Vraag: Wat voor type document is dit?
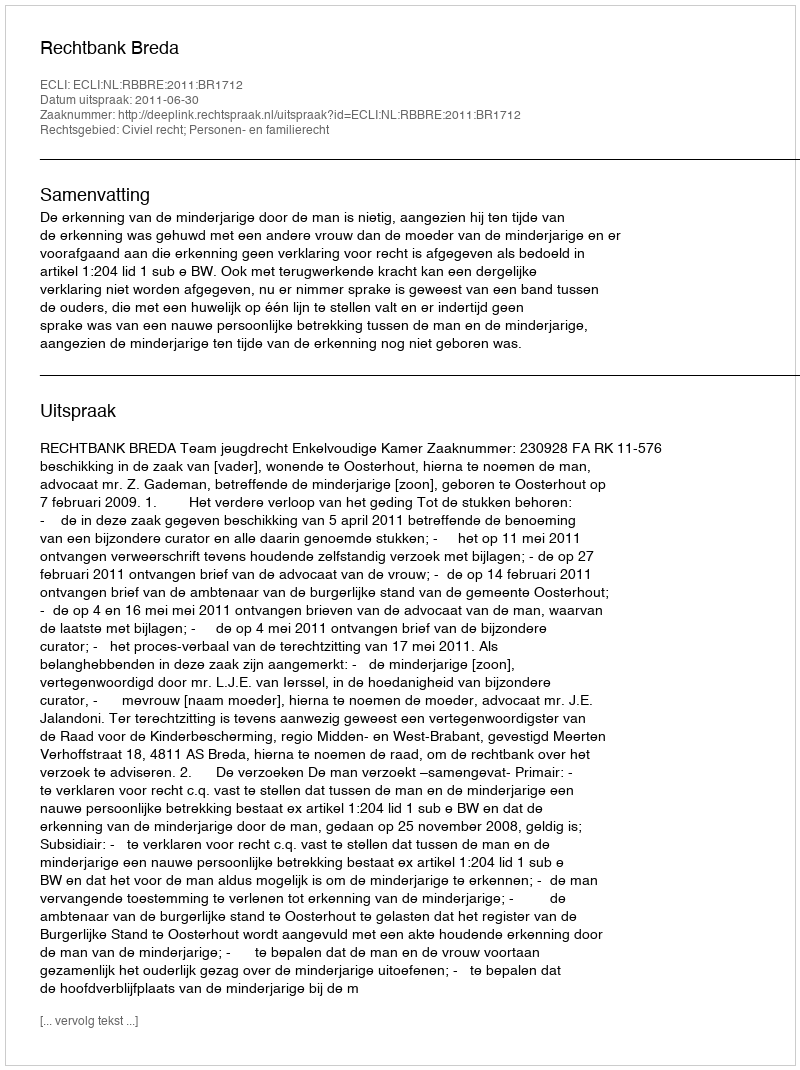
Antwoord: Uitspraak